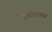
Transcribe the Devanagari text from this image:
भाटवडेकरांच्या